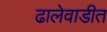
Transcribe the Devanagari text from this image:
ढालेवाडीत